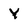
Character: Y